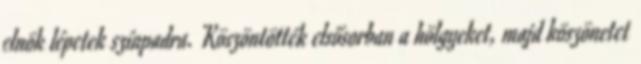
elnök lépetek színpadra. Köszöntötték elsősorban a hölgyeket, majd köszönetet